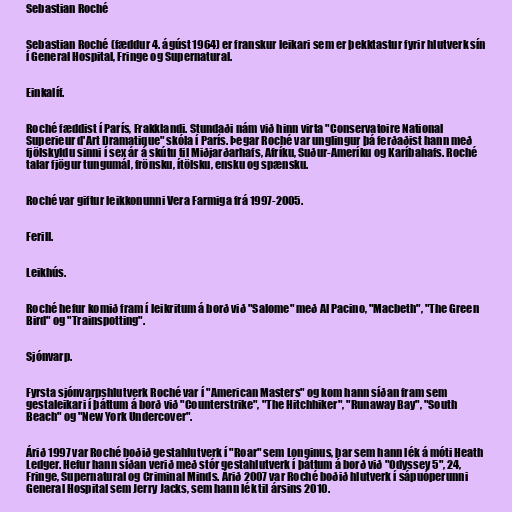
Sebastian Roché

Sebastian Roché (fæddur 4. ágúst 1964) er franskur leikari sem er þekktastur fyrir hlutverk sín
í General Hospital, Fringe og Supernatural.

Einkalíf.

Roché fæddist í París, Frakklandi. Stundaði nám við hinn virta "Conservatoire National
Superieur d'Art Dramatique" skóla í París. Þegar Roché var unglingur þá ferðaðist hann með
fjölskyldu sinni í sex ár á skútu til Miðjarðarhafs, Afríku, Suður-Ameríku og Karíbahafs. Roché
talar fjögur tungumál, frönsku, ítölsku, ensku og spænsku.

Roché var giftur leikkonunni Vera Farmiga frá 1997-2005.

Ferill.

Leikhús.

Roché hefur komið fram í leikritum á borð við "Salome" með Al Pacino, "Macbeth", "The Green
Bird" og "Trainspotting".

Sjónvarp.

Fyrsta sjónvarpshlutverk Roché var í "American Masters" og kom hann síðan fram sem
gestaleikari í þáttum á borð við "Counterstrike", "The Hitchhiker", "Runaway Bay", "South
Beach" og "New York Undercover".

Árið 1997 var Roché boðið gestahlutverk í "Roar" sem Longinus, þar sem hann lék á móti Heath
Ledger. Hefur hann síðan verið með stór gestahlutverk í þáttum á borð við "Odyssey 5", 24,
Fringe, Supernatural og Criminal Minds. Árið 2007 var Roché boðið hlutverk í sápuóperunni
General Hospital sem Jerry Jacks, sem hann lék til ársins 2010.